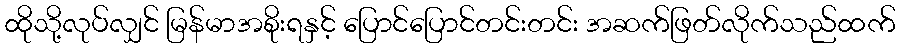
ထိုသို့လုပ်လျှင် မြန်မာအစိုးရနှင့် ပြောင်ပြောင်တင်းတင်း အဆက်ဖြတ်လိုက်သည်ထက်